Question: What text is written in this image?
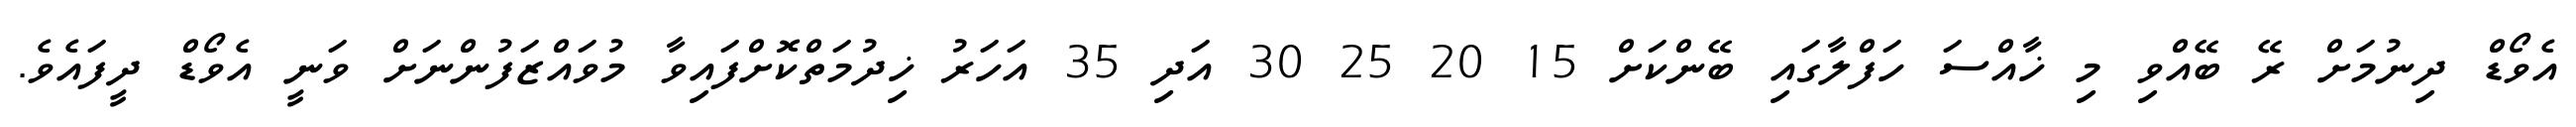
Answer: އެވޯޑް ދިނުމަށް ރޭ ބޭއްވި މި ޚާއްސަ ހަފްލާގައި ބޭންކަށް 15 20 25 30 އަދި 35 އަހަރު ޚިދުމަތްކޮށްފައިވާ މުވައްޒަފުންނަށް ވަނީ އެވޯޑް ދީފައެވެ.